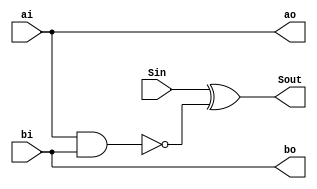
module SCDPPU(ai,bi,Sin,ao,bo,Sout);

	input  ai,bi,Sin;
	output ao,bo,Sout;
	
	wire m;
	
	assign ao = ai;
	assign bo = bi;
	nand(m,ai,bi);
	xor(Sout,Sin,m);


endmodule

module SPPUH(ai,bi,Sin,ao,bo,Cout,Sout);

	input  ai,bi,Sin;
	output ao,bo,Cout,Sout;
	
	wire m;
	
	assign ao = ai;
	assign bo = bi;
	nand(m,ai,bi);
	half_adder h0(Sin,m,Sout,Cout);


endmodule

module PPUF(ai,bi,aj,bj,Sin,ao,bo,ajo,bjo,Cout,Sout);

	input  ai,bi,aj,bj,Sin;
	output ao,bo,ajo,bjo,Cout,Sout;
	
	wire m1,m2;
	
	assign ao = ai;
	assign bo = bi;
	assign ajo = aj;
	assign bjo = bj;
	and(m1,ai,bi);
	and(m2,aj,bj);
	full_adder h0(Sin,m1,m2,Sout,Cout);
	
endmodule

module CDPPU(ai,bi,Sin,ao,bo,Sout);

	input  ai,bi,Sin;
	output ao,bo,Sout;
	
	wire m;
	
	assign ao = ai;
	assign bo = bi;
	and(m,ai,bi);
	xor(Sout,Sin,m);
	
endmodule

module PPUH(ai,bi,Sin,ao,bo,Cout,Sout);

	input  ai,bi,Sin;
	output ao,bo,Cout,Sout;
	
	wire m;
	
	assign ao = ai;
	assign bo = bi;
	and(m,ai,bi);
	half_adder h0(Sin,m,Sout,Cout);
	
endmodule

module SPPU(Ci,Di,Cin,Sin,Co,Do,Cout,Sout);

	input Ci,Di,Sin,Cin;
	output Co,Do,Cout,Sout;
	
	wire m;
	
	assign Do = Di;
	assign Co = Ci;
	nand(m,Ci,Di);
	full_adder f0(m,Sin,Cin,Sout,Cout);


endmodule

module full_adder(a,b,Cin,sum,Cout);

	input a,b,Cin;
	output sum,Cout;
	
	wire w1,w2,w3;
	
	xor(w1,a,b);
	xor(sum,w1,Cin);
	and(w2,a,b);
	and(w3,w1,Cin);
	or(Cout,w3,w2);
	
endmodule


module half_adder(a,b,sum,Cout);

	input  a,b;
	output sum,Cout;
	
	xor(sum,a,b);
	and(Cout,a,b);


endmodule


module ppu(Ci,Di,Cin,Sin,Co,Do,Cout,Sout);

	input Ci,Di,Sin,Cin;
	output Co,Do,Cout,Sout;
	
	wire m;
	
	assign Do = Di;
	assign Co = Ci;
	and(m,Ci,Di);
	full_adder f0(m,Sin,Cin,Sout,Cout);
	
endmodule

module CLA(a,b,result);

	input  [11:0] a ;
	input  [11:0] b ;
	output [11:0] result ;
	
	wire [11:0] p;
	wire [11:0] g;
	wire [11:1] c;
	
	xor(p[0],a[0],b[0]);
	and(g[0],a[0],b[0]);
	
	xor(p[1],a[1],b[1]);
	and(g[1],a[1],b[1]);
	
	xor(p[2],a[2],b[2]);
	and(g[2],a[2],b[2]);
	
	xor(p[3],a[3],b[3]);
	and(g[3],a[3],b[3]);
	
	xor(p[4],a[4],b[4]);
	and(g[4],a[4],b[4]);
	
	xor(p[5],a[5],b[5]);
	and(g[5],a[5],b[5]);
	
	xor(p[6],a[6],b[6]);
	and(g[6],a[6],b[6]);
	
	xor(p[7],a[7],b[7]);
	and(g[7],a[7],b[7]);
	
	xor(p[8],a[8],b[8]);
	and(g[8],a[8],b[8]);
	
	xor(p[9],a[9],b[9]);
	and(g[9],a[9],b[9]);
	
	xor(p[10],a[10],b[10]);
	and(g[10],a[10],b[10]);
	
	xor(p[11],a[11],b[11]);
	and(g[11],a[11],b[11]);
	
	assign c[1]  = g[0] ;
	assign c[2]  = g[1]  || (p[1]  && g[0]) ;
	assign c[3]  = g[2]  || (p[2]  && g[1])  || (p[1] && p[2]  && g[0]);
	assign c[4]  = g[3]  || (p[3]  && g[2])  || (p[2] && p[3]  && g[1]) || (p[1] && p[2] && p[3]  && g[0]);
	assign c[5]  = g[4]  || (p[4]  && g[3])  || (p[3] && p[4]  && g[2]) || (p[2] && p[3] && p[4]  && g[1]) || (p[1] && p[2] && p[3] && p[4]  && g[0]);
	assign c[6]  = g[5]  || (p[5]  && g[4])  || (p[4] && p[5]  && g[3]) || (p[3] && p[4] && p[5]  && g[2]) || (p[2] && p[3] && p[4] && p[5]  && g[1]) || (p[1] && p[2] && p[3] && p[4] && p[5]  && g[0]);
	assign c[7]  = g[6]  || (p[6]  && g[5])  || (p[5] && p[6]  && g[4]) || (p[4] && p[5] && p[6]  && g[3]) || (p[3] && p[4] && p[5] && p[6]  && g[2]) || (p[2] && p[3] && p[4] && p[5] && p[6]  && g[1]) || (p[1] && p[2] && p[3] && p[4] && p[5] && p[6]  && g[0]);
	assign c[8]  = g[7]  || (p[7]  && g[6])  || (p[6] && p[7]  && g[5]) || (p[5] && p[6] && p[7]  && g[4]) || (p[4] && p[5] && p[6] && p[7]  && g[3]) || (p[3] && p[4] && p[5] && p[6] && p[7]  && g[2]) || (p[2] && p[3] && p[4] && p[5] && p[6] && p[7]  && g[1]) || (p[1] && p[2] && p[3] && p[4] && p[5] && p[6] && p[7]  && g[0]);	
	assign c[9]  = g[8]  || (p[8]  && g[7])  || (p[7] && p[8]  && g[6]) || (p[6] && p[7] && p[8]  && g[5]) || (p[5] && p[6] && p[7] && p[8]  && g[4]) || (p[4] && p[5] && p[6] && p[7] && p[8]  && g[3]) || (p[3] && p[4] && p[5] && p[6] && p[7] && p[8]  && g[2]) || (p[2] && p[3] && p[4] && p[5] && p[6] && p[7] && p[8]  && g[1]) || (p[1] && p[2] && p[3] && p[4] && p[5] && p[6] && p[7] && p[8]  && g[0]);
	assign c[10] = g[9]  || (p[9]  && g[8])  || (p[8] && p[9]  && g[7]) || (p[7] && p[8] && p[9]  && g[6]) || (p[6] && p[7] && p[8] && p[9]  && g[5]) || (p[5] && p[6] && p[7] && p[8] && p[9]  && g[4]) || (p[4] && p[5] && p[6] && p[7] && p[8] && p[9]  && g[3]) || (p[3] && p[4] && p[5] && p[6] && p[7] && p[8] && p[9]  && g[2]) || (p[2] && p[3] && p[4] && p[5] && p[6] && p[7] && p[8] && p[9]  && g[1]) || (p[1] && p[2] && p[3] && p[4] && p[5] && p[6] && p[7] && p[8] && p[9]  && g[0]);	
	assign c[11] = g[10] || (p[10] && g[9])  || (p[9] && p[10] && g[8]) || (p[8] && p[9] && p[10] && g[7]) || (p[7] && p[8] && p[9] && p[10] && g[6]) || (p[6] && p[7] && p[8] && p[9] && p[10] && g[5]) || (p[5] && p[6] && p[7] && p[8] && p[9] && p[10] && g[4]) || (p[4] && p[5] && p[6] && p[7] && p[8] && p[9] && p[10] && g[3]) || (p[3] && p[4] && p[5] && p[6] && p[7] && p[8] && p[9] && p[10] && g[2]) || (p[2] && p[3] && p[4] && p[5] && p[6] && p[7] && p[8] && p[9] && p[10] && g[1]) || (p[1] && p[2] && p[3] && p[4] && p[5] && p[6] && p[7] && p[8] && p[9] && p[10] && g[0]);	

	assign result[0] = p[0];
	xor(result[1],p[1],c[1]);
	xor(result[2],p[2],c[2]);
	xor(result[3],p[3],c[3]);
	xor(result[4],p[4],c[4]);
	xor(result[5],p[5],c[5]);
	xor(result[6],p[6],c[6]);
	xor(result[7],p[7],c[7]);
	xor(result[8],p[8],c[8]);
	xor(result[9],p[9],c[9]);
	xor(result[10],p[10],c[10]);
	xor(result[11],p[11],c[11]);
		
endmodule